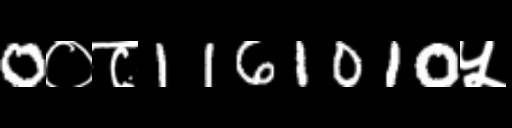
Text: 0०८1161010५